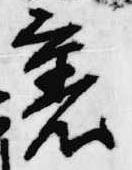
裏